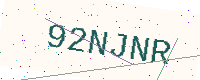
Text: 92NJNR